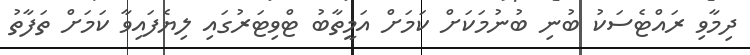
ދިމާވި ރައްޓެސަކު ބުނި ބުނުމަކަށް ކަމަށް އަމީތާބު ޓްވިޓަރުގައި ލިޔެފައިވާ ކަމަށް ތަފާތު